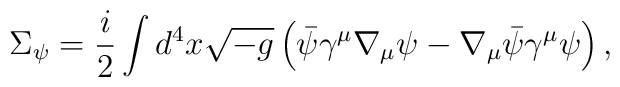
\Sigma _{\psi }=\frac{i}{2}\int d^{4}x\sqrt{-g}\left( \bar{\psi}\gamma ^{\mu}\nabla _{\mu }\psi -\nabla _{\mu }\bar{\psi}\gamma ^{\mu }\psi \right) ,